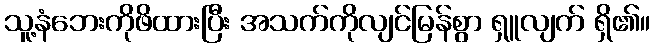
သူ့နံဘေးကိုဖိထားပြီး အသက်ကိုလျင်မြန်စွာ ရှူလျက် ရှိ၏။